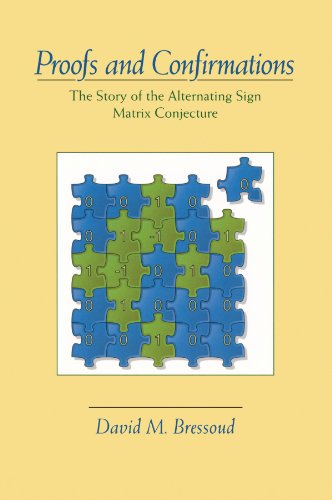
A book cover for Proofs and Confirmations: The Story of the Alternating-Sign Matrix Conjecture (Spectrum); David M. Bressoud; Science & Math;